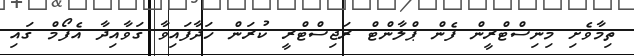
ތިމާވެށި މިނިސްޓްރީން ފެން ޕްލާންޓް ރަޖިސްޓްރީ ކުރަން ހަދާފައިވާ ގަވާއިދާ އެފޯމް ގައި